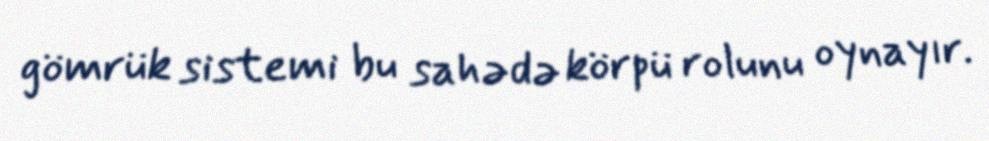
gömrük sistemi bu sahədə körpü rolunu oynayır.